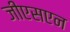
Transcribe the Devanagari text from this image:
जीएसएन